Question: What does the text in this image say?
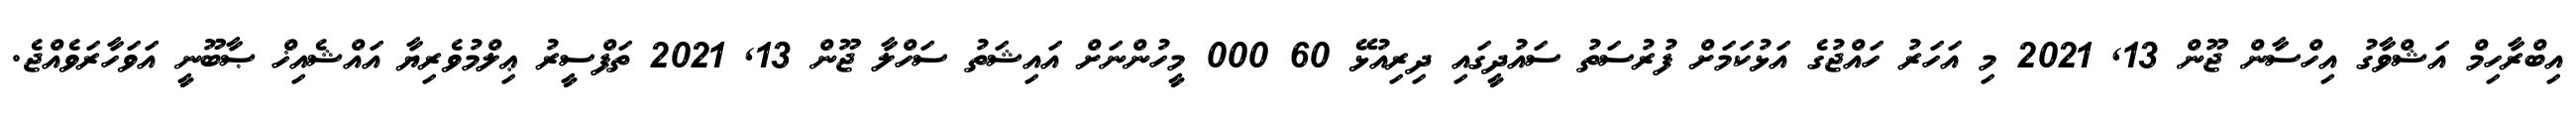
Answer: އިބްރާހިމް އަޝްވާގު އިހްސާން ޖޫން 13, 2021 މި އަހަރު ހައްޖުގެ އަޅުކަމަށް ފުރުސަތު ސައުދީގައި ދިރިއުޅޭ 60 000 މީހުންނަށް އައިޝަތު ސަހްލާ ޖޫން 13, 2021 ތަފްސީރު ޢިލްމުވެރިޔާ އައްޝެއިޚް ޞާބޫނީ އަވަހާރަވެއްޖެ.